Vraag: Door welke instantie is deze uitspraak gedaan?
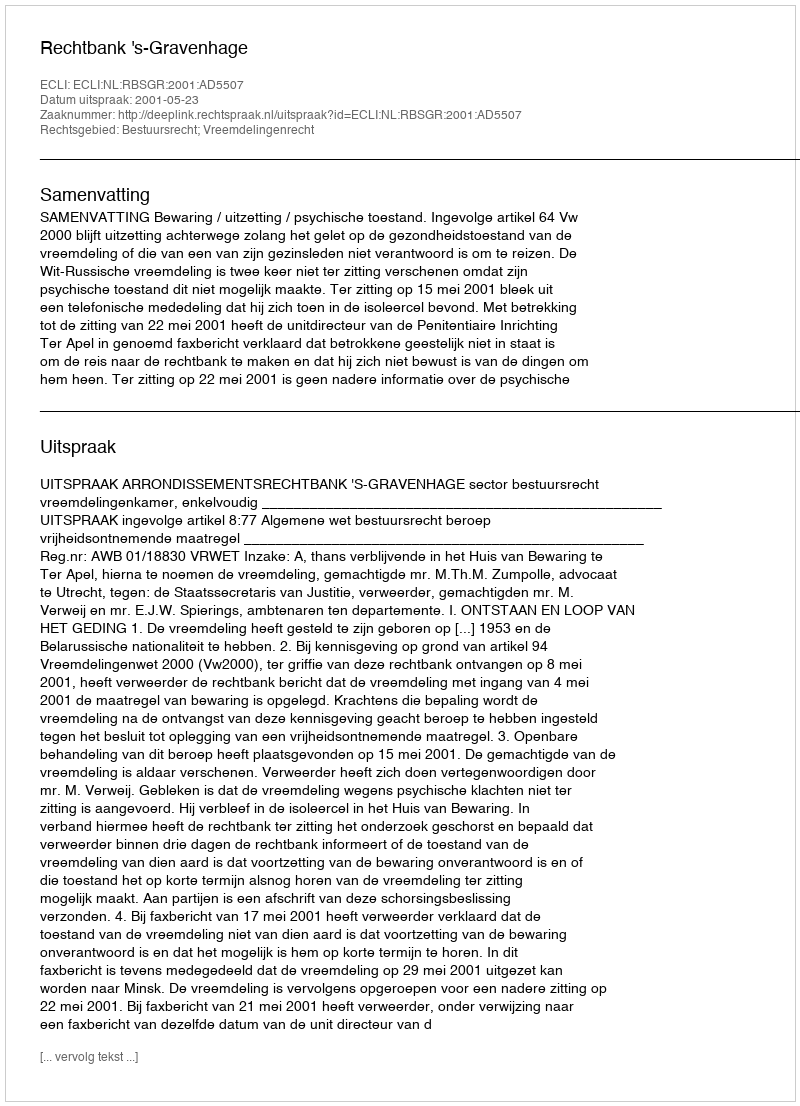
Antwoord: Rechtbank 's-Gravenhage